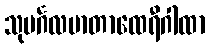
သုမင်္ဂလမာတာထေရီဂါထာ